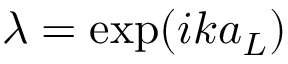
\lambda = \exp ( i k a _ { L } )